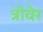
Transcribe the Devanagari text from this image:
त्रोवेर